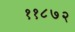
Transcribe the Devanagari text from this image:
११८७२